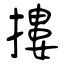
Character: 摟